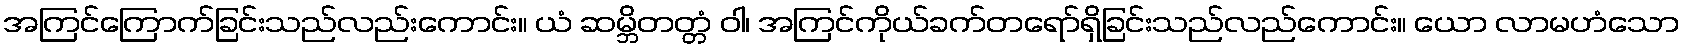
အကြင်ကြောက်ခြင်းသည်လည်းကောင်း။ ယံ ဆမ္ဘိတတ္တံ ဝါ၊ အကြင်ကိုယ်ခက်တရော်ရှိခြင်းသည်လည်ကောင်း။ ယော လာမဟံသော